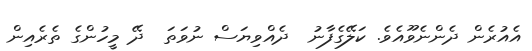
އެއުރެން ދެންނެވޫއެވެ. ކަލޭގެފާނު  ދެއްވިޔަސް ނުވަތަ  ދޭ މީހުންގެ ތެރެއިން